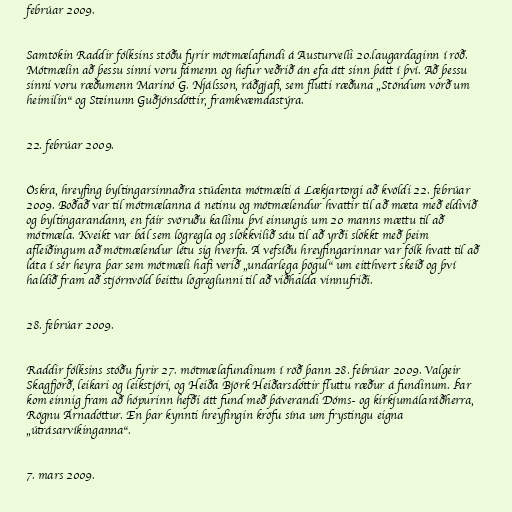
febrúar 2009.

Samtökin Raddir fólksins stóðu fyrir mótmælafundi á Austurvelli 20.laugardaginn í röð.
Mótmælin að þessu sinni voru fámenn og hefur veðrið án efa átt sinn þátt í því. Að þessu
sinni voru ræðumenn Marinó G. Njálsson, ráðgjafi, sem flutti ræðuna „Stöndum vörð um
heimilin“ og Steinunn Guðjónsdóttir, framkvæmdastýra.

22. febrúar 2009.

Öskra, hreyfing byltingarsinnaðra stúdenta mótmælti á Lækjartorgi að kvöldi 22. febrúar
2009. Boðað var til mótmælanna á netinu og mótmælendur hvattir til að mæta með eldivið
og byltingarandann, en fáir svöruðu kallinu því einungis um 20 manns mættu til að
mótmæla. Kveikt var bál sem lögregla og slökkvilið sáu til að yrði slökkt með þeim
afleiðingum að mótmælendur létu sig hverfa. Á vefsíðu hreyfingarinnar var fólk hvatt til að
láta í sér heyra þar sem mótmæli hafi verið „undarlega þögul“ um eitthvert skeið og því
haldið fram að stjórnvöld beittu lögreglunni til að viðhalda vinnufriði.

28. febrúar 2009.

Raddir fólksins stóðu fyrir 27. mótmælafundinum í röð þann 28. febrúar 2009. Valgeir
Skagfjörð, leikari og leikstjóri, og Heiða Björk Heiðarsdóttir fluttu ræður á fundinum. Þar
kom einnig fram að hópurinn hefði átt fund með þáverandi Dóms- og kirkjumálaráðherra,
Rögnu Árnadóttur. En þar kynnti hreyfingin kröfu sína um frystingu eigna
„útrásarvíkinganna“.

7. mars 2009.